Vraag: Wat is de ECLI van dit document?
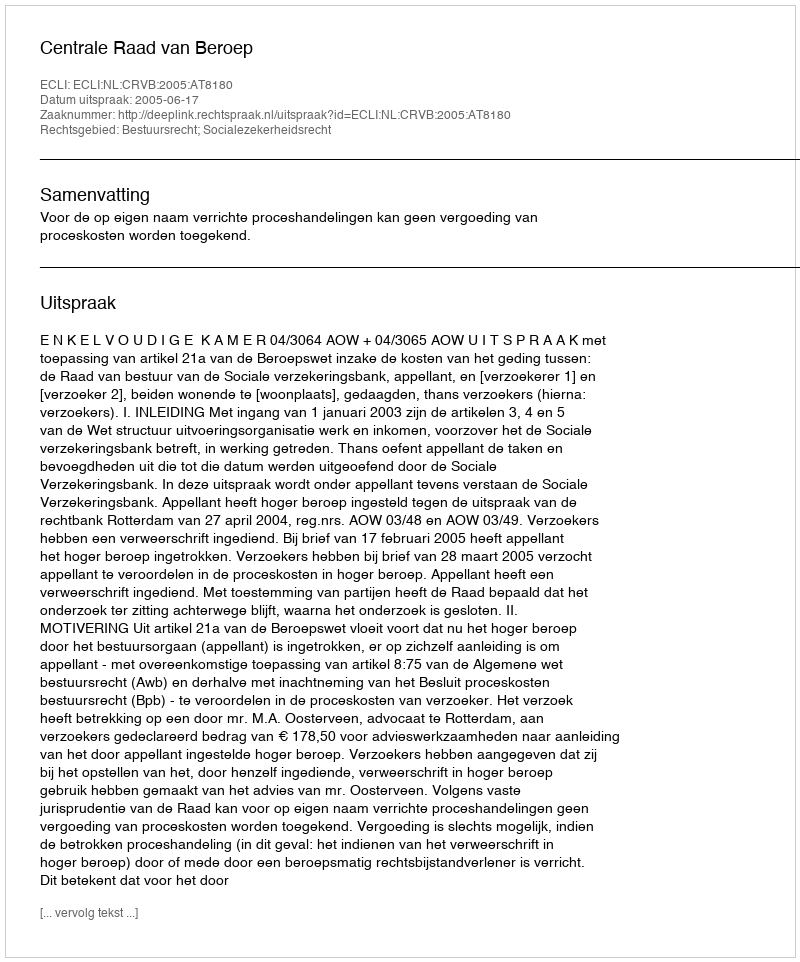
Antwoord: ECLI:NL:CRVB:2005:AT8180